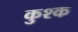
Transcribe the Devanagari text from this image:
कुश्क